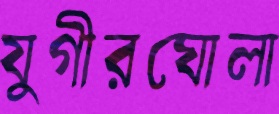
যুগীরঘোলা